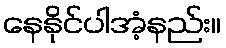
နေနိုင်ပါအံ့နည်း။